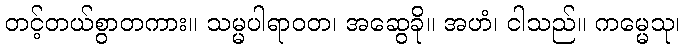
တင့်တယ်စွာတကား။ သမ္မပါရာဝတ၊ အဆွေခို။ အဟံ၊ ငါသည်။ ကမ္မေသု၊